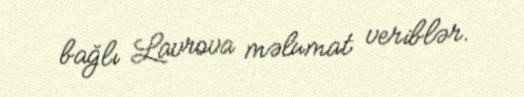
bağlı Lavrova məlumat veriblər.